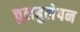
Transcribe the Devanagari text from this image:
चुलबुलेपन